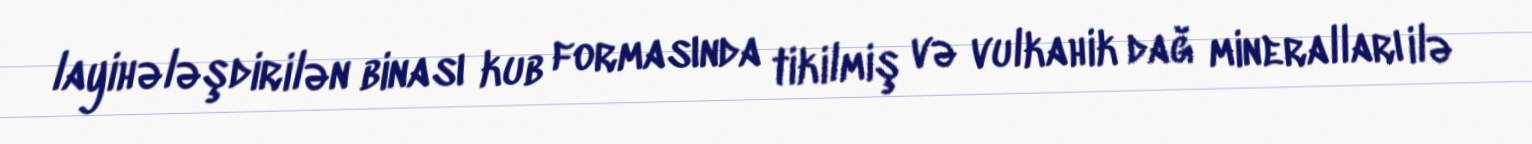
layihələşdirilən binası kub formasında tikilmiş və vulkahik dağ mineralları ilə